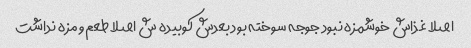
اصلا غذاش خوشمزه نبود جوجه سوخته بود بعدش کوبیده ش اصلا طعم و مزه نداشت